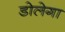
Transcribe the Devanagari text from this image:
डोलेगा